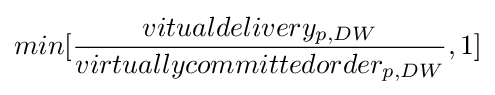
min[{\frac {vitualdelivery_{p,DW}}{virtuallycommittedorder_{p,DW}}},1]